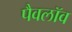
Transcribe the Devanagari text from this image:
पैवलॉव